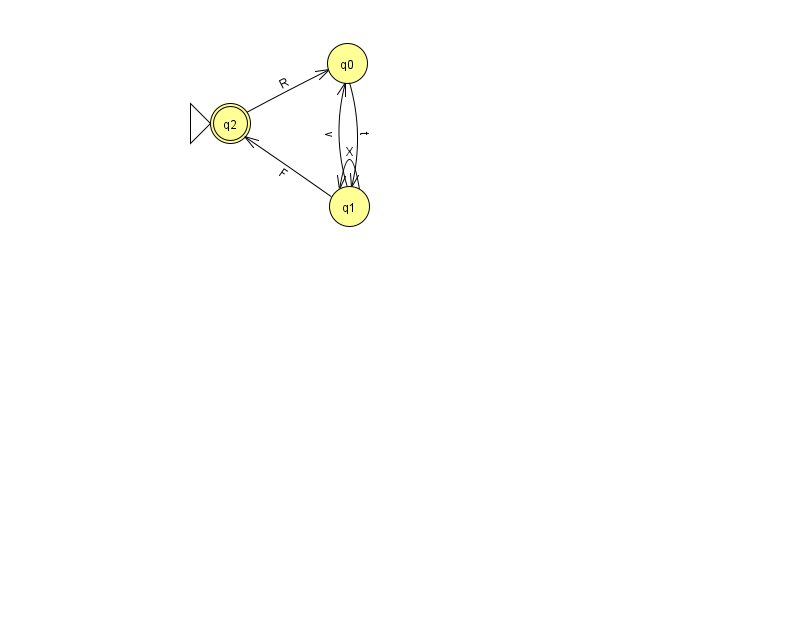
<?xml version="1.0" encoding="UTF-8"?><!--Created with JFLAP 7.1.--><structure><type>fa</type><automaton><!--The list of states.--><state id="0" name="q0"><x>347.0</x><y>50.0</y></state><state id="1" name="q1"><x>349.0</x><y>193.0</y></state><state id="2" name="q2"><x>230.0</x><y>110.0</y><initial/><final/></state><!--The list of transitions.--><transition><from>1</from><to>2</to><read>F</read></transition><transition><from>1</from><to>1</to><read>X</read></transition><transition><from>0</from><to>1</to><read>t</read></transition><transition><from>1</from><to>0</to><read>v</read></transition><transition><from>2</from><to>0</to><read>R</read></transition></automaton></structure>